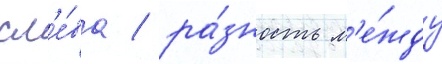
сл'е́ва / ра́зность м'е́жду